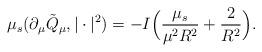
LaTeX: \begin{align*}\mu_s(\partial_{\mu} \tilde{Q}_{\mu},|\cdot|^2)=-I\Big(\frac{\mu_s}{\mu^2R^2}+\frac{2}{R^2}\Big).\end{align*}